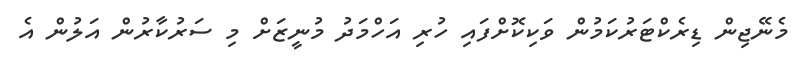
މެނޭޖިން ޑިރެކްޓަރުކަމުން ވަކިކޮށްފައި ހުރި އަހްމަދު މުނީޒަށް މި ސަރުކާރުން އަލުން އެ